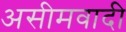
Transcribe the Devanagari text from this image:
असीमवादी